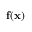
\mathbf { f } ( \mathbf { x } )